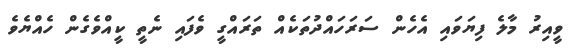
ވީއިރު މާލެ ފިޔަވައި އެހެން ސަރަހައްދުތަކެއް ތަރައްގީ ވެފައި ނެތީ ކީއްވެގެން ހެއްޔެވެ